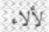
لألاء